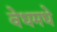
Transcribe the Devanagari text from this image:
वेधमधे